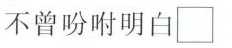
不曾吩咐明白\Box